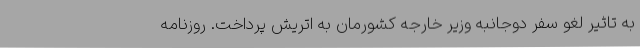
به تاثیر لغو سفر دوجانبه وزیر خارجه کشورمان به اتریش پرداخت. روزنامه